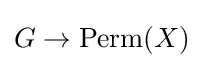
G\to \mathrm {Perm} (X)